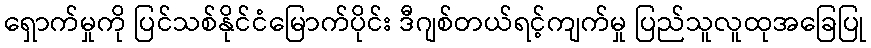
ရှောက်မှုကို ပြင်သစ်နိုင်ငံမြောက်ပိုင်း ဒီဂျစ်တယ်ရင့်ကျက်မှု ပြည်သူလူထုအခြေပြု